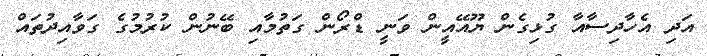
އަދި އެހާދިސާއާ ގުޅިގެން ޔޫއޭއީން ވަނީ ޑްރޯން ގަތުމާއި ބޭނުން ކުރުމުގެ ގަވާއިދުތައް